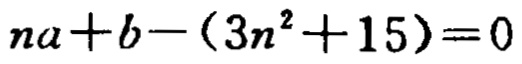
\(na + b-(3n^{2}+15)=0\)